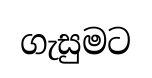
ගැසුමට